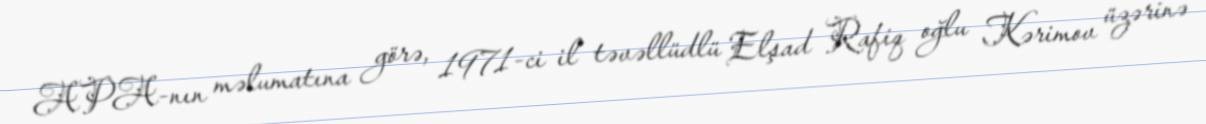
APA-nın məlumatına görə, 1971-ci il təvəllüdlü Elşad Rafiq oğlu Kərimov üzərinə